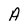
Character: A